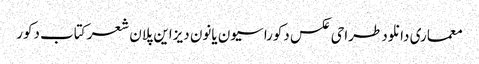
معماری دانلود طراحی عکس دکوراسیون یانون دیزاین پلان شعر کتاب دکور